Indian journal of veterinary science and animal husbandry - Volume 10,
Year: 1940
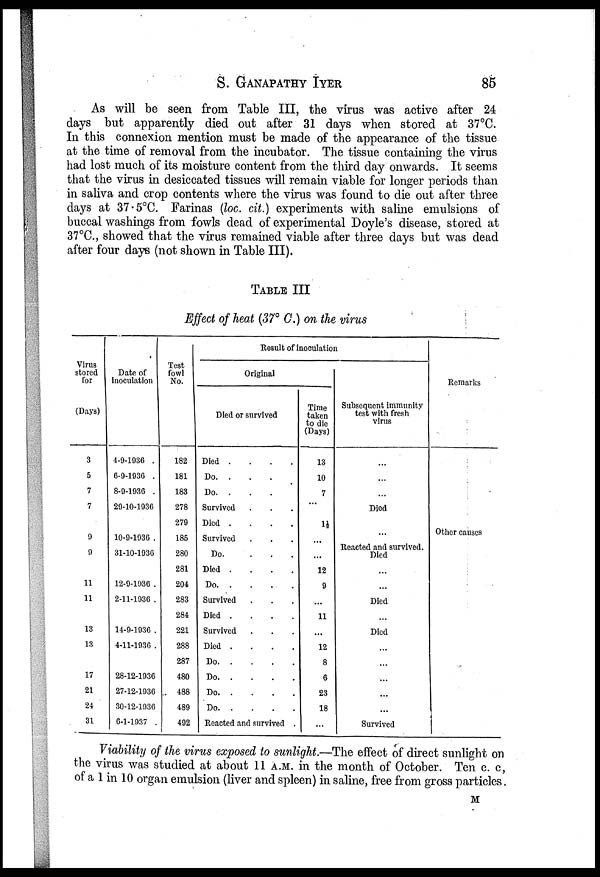
S.
GANAPATHY
IYER
85
As will be seen from Table III, the virus was active after 24
days but apparently died out after 31 days when stored at 37°C.
In this connexion mention must be made of the appearance of the tissue
at the time of removal from the incubator. The tissue containing the virus
had lost much of its moisture content from the third day onwards. It seems
that the virus in desiccated tissues will remain viable for longer periods than
in saliva and crop contents where the virus was found to die out after three
days at 37.5°C. Farinas (loc. cit.) experiments with saline emulsions of
buccal washings from fowls dead of experimental Doyle's disease, stored at
37°C., showed that the virus remained viable after three days but was dead
after four days (not shown in Table III).
TABLE III
Effect of heat (37° C.) on the virus
Virus
stored
for
(Days)
3
5
7
7
9
9
11
11
13
13
17
21
24
31
Date of
inoculation
4-9-1936 .
6-9-1936 .
8-9-1936 .
29-10-1936
10-9-1936 .
31-10-1936
12-9-1936 .
2-11-1936 .
14-9-1936 .
4-11-1936 .
28-12-1936
27-12-1936
30-12-1936
6-1-1937
Test
fowl
No.
182
181
183
278
279
185
280
281
204
283
284
221
288
287
480
488
489
492
Result of inoculation
Original
Died or survived
Died .
Do. .
Do. .
Survived
Died .
Survived ....
Do.
Died .
Do. .
Survived
Died .
Survived
Died .
Do. .
Do. .
Do. .
Do. .
Reacted and survived
Time
taken
to die
(Days)
13
10
7
...
1½
...
...
12
9
...
11
...
12
8
6
23
18
...
Subsequent immunity
test with fresh
virus
...
...
...
Died
...
Reacted and survived.
Died
...
...
Died
...
Died
...
...
...
...
...
Survived
Remarks
Other causes
Viability of the virus exposed to sunlight.—The effect of direct sunlight on
the virus was studied at about 11 A.M. in the month of October. Ten c. c,
of a 1 in 10 organ emulsion (liver and spleen) in saline, free from gross particles.
M